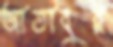
আতাবুর